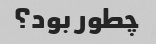
چطور بود؟